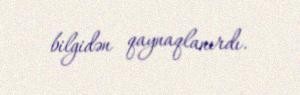
bilgidən qaynaqlanırdı.